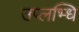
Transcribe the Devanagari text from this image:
उप्लभ्धि